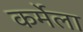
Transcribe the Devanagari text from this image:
कर्मेला